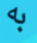
به